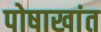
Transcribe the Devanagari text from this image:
पोषाखांत